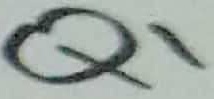
Text: Q1